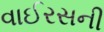
વાઈરસની